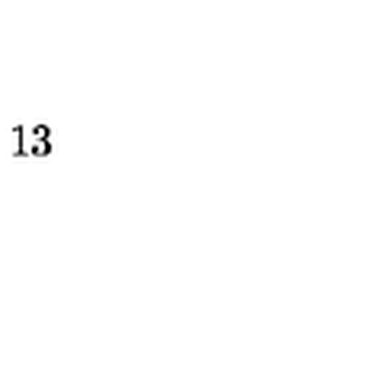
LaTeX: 1 3